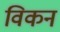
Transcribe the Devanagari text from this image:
विकन